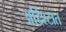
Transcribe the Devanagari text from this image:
अद्दिश्टात